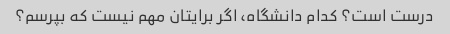
درست است؟ کدام دانشگاه، اگر برایتان مهم نیست که بپرسم؟